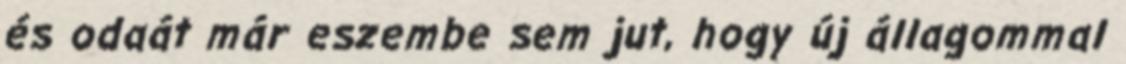
és odaát már eszembe sem jut, hogy új állagommal